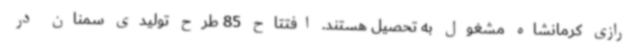
رازی کرمانشاه مشغول به تحصیل هستند. افتتاح 85 طرح تولیدی سمنان در